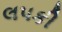
લપકી